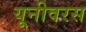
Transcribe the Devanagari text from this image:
यूनीवरस